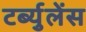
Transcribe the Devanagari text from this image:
टर्ब्युलेंस